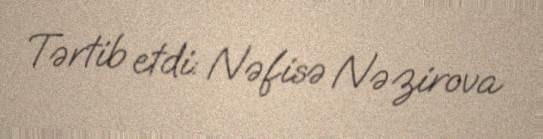
Tərtib etdi: Nəfisə Nəzirova